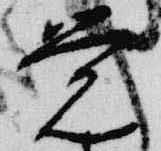
覚